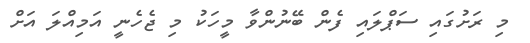
މި ރަށުގައި ސަޕްލައި ފެން ބޭނުންވާ މީހަކު މި ޖެހެނީ އަމިއްލަ އަށް